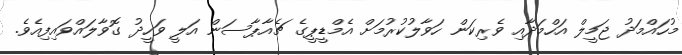
މުހައްމަދު ޖަމީލް އަހްމަދާއި ވެރިކަން ހަވާލުކުރުމަށް އެމްޑީޕީގެ ޗެއާޕާސަން އަލީ ވަހީދު ގޮވާލައްވައިފިއެވެ.